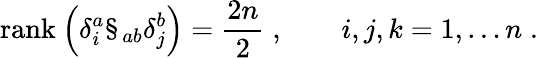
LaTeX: \mathrm{rank}\: \Bigl(\delta_{i}^{a}\S_{ab}\delta_{j}^{b}\Bigr)=\frac{2n}{2}\; ,\qquad i,j,k=1,\ldots n\; .